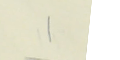
١